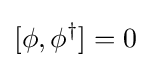
[\phi ,\phi ^{\dagger }]=0